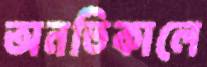
অনতিকালে